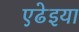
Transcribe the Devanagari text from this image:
एढेइया